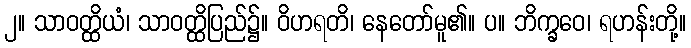
၂။ သာဝတ္ထိယံ၊ သာဝတ္ထိပြည်၌။ ဝိဟရတိ၊ နေတော်မူ၏။ ပ။ ဘိက္ခဝေ၊ ရဟန်းတို့။